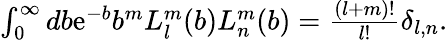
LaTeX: \begin{array}{r}{\int_{0}^{\infty}db\mathrm{e}^{-b}b^{m}L_{l}^{m}(b)L_{n}^{m}(b)=\frac{(l+m)!}{l!}\delta_{l,n}.}\end{array}